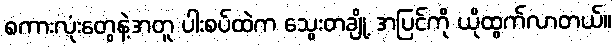
စကားလုံးတွေနဲ့အတူ ပါးစပ်ထဲက သွေးတချို့ အပြင်ကို ယိုထွက်လာတယ်။